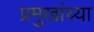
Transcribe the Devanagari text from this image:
प्रमुखांच्या